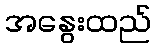
အနွေးထည်